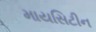
માયસિટીન